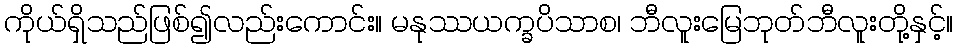
ကိုယ်ရှိသည်ဖြစ်၍လည်းကောင်း။ မနုဿယက္ခပိသာစ၊ ဘီလူးမြေဘုတ်ဘီလူးတို့နှင့်။